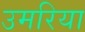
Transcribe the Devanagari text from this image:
उमरिया